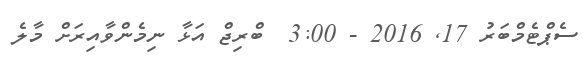
ސެޕްޓެމްބަރު 17